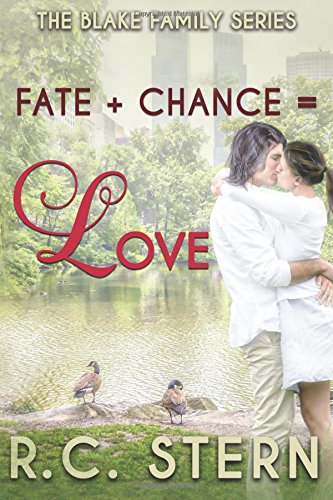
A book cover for Fate+Chance=Love (The Blake Family Series) (Volume 1); R.C. Stern; Romance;